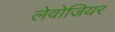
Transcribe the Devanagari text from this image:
लेवोजियर